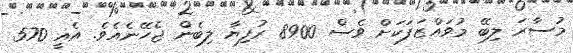
މުސާރަ ލިބޭ މުވައްޒަފަކަށް ވެސް 8900 ރުފިޔާ ލިބެން ޖެހޭނެއެވެ. އެއީ 570